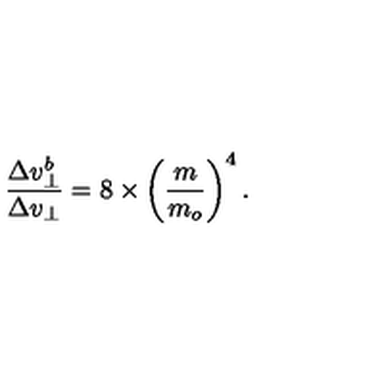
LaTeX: { \frac { \Delta v _ { \bot } ^ { b } } { \Delta v _ { \bot } } } = 8 \times \left( { \frac { m } { m _ { o } } } \right) ^ { 4 } .